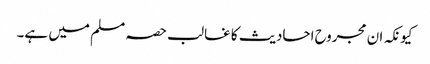
کیونکہ ان مجروح احادیث کا غالب حصہ مسلم میں ہے۔